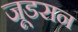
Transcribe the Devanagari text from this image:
जूडसन